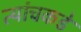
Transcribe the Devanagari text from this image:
त्यांचकडे